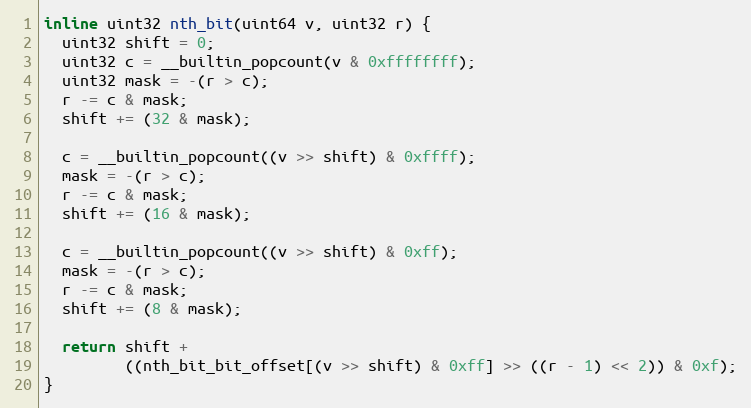
Language: C
inline uint32 nth_bit(uint64 v, uint32 r) {
  uint32 shift = 0;
  uint32 c = __builtin_popcount(v & 0xffffffff);
  uint32 mask = -(r > c);
  r -= c & mask;
  shift += (32 & mask);

  c = __builtin_popcount((v >> shift) & 0xffff);
  mask = -(r > c);
  r -= c & mask;
  shift += (16 & mask);

  c = __builtin_popcount((v >> shift) & 0xff);
  mask = -(r > c);
  r -= c & mask;
  shift += (8 & mask);

  return shift +
         ((nth_bit_bit_offset[(v >> shift) & 0xff] >> ((r - 1) << 2)) & 0xf);
}